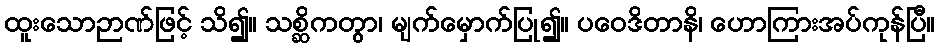
ထူးသောဉာဏ်ဖြင့် သိ၍။ သစ္ဆိကတွာ၊ မျက်မှောက်ပြု၍။ ပဝေဒိတာနိ၊ ဟောကြားအပ်ကုန်ပြီ။